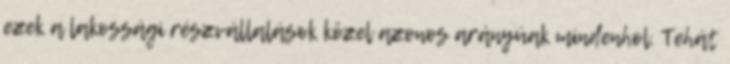
ezek a lakossági részvállalások közel azonos arányúak mindenhol. Tehát